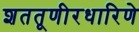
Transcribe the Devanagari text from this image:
शततूणीरधारिणे